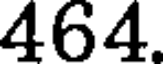
464.